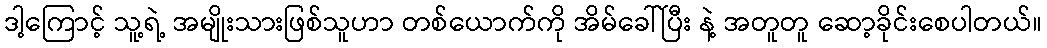
ဒါ့ကြောင့် သူ့ရဲ့ အမျိုးသားဖြစ်သူဟာ တစ်ယောက်ကို အိမ်ခေါ်ပြီး နဲ့ အတူတူ ဆော့ခိုင်းစေပါတယ်။